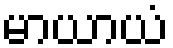
မာယာယံ